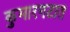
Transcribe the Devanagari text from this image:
कुमारगटात